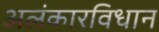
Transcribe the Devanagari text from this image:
अलंकारविधान